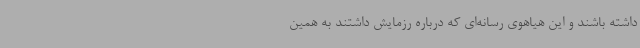
داشته باشند و این هیاهوی رسانه‌ای که درباره رزمایش داشتند به همین